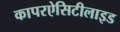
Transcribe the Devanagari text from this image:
कापरऐसिटीलाइड